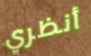
أنظري